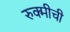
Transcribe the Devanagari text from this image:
रुक्मीची